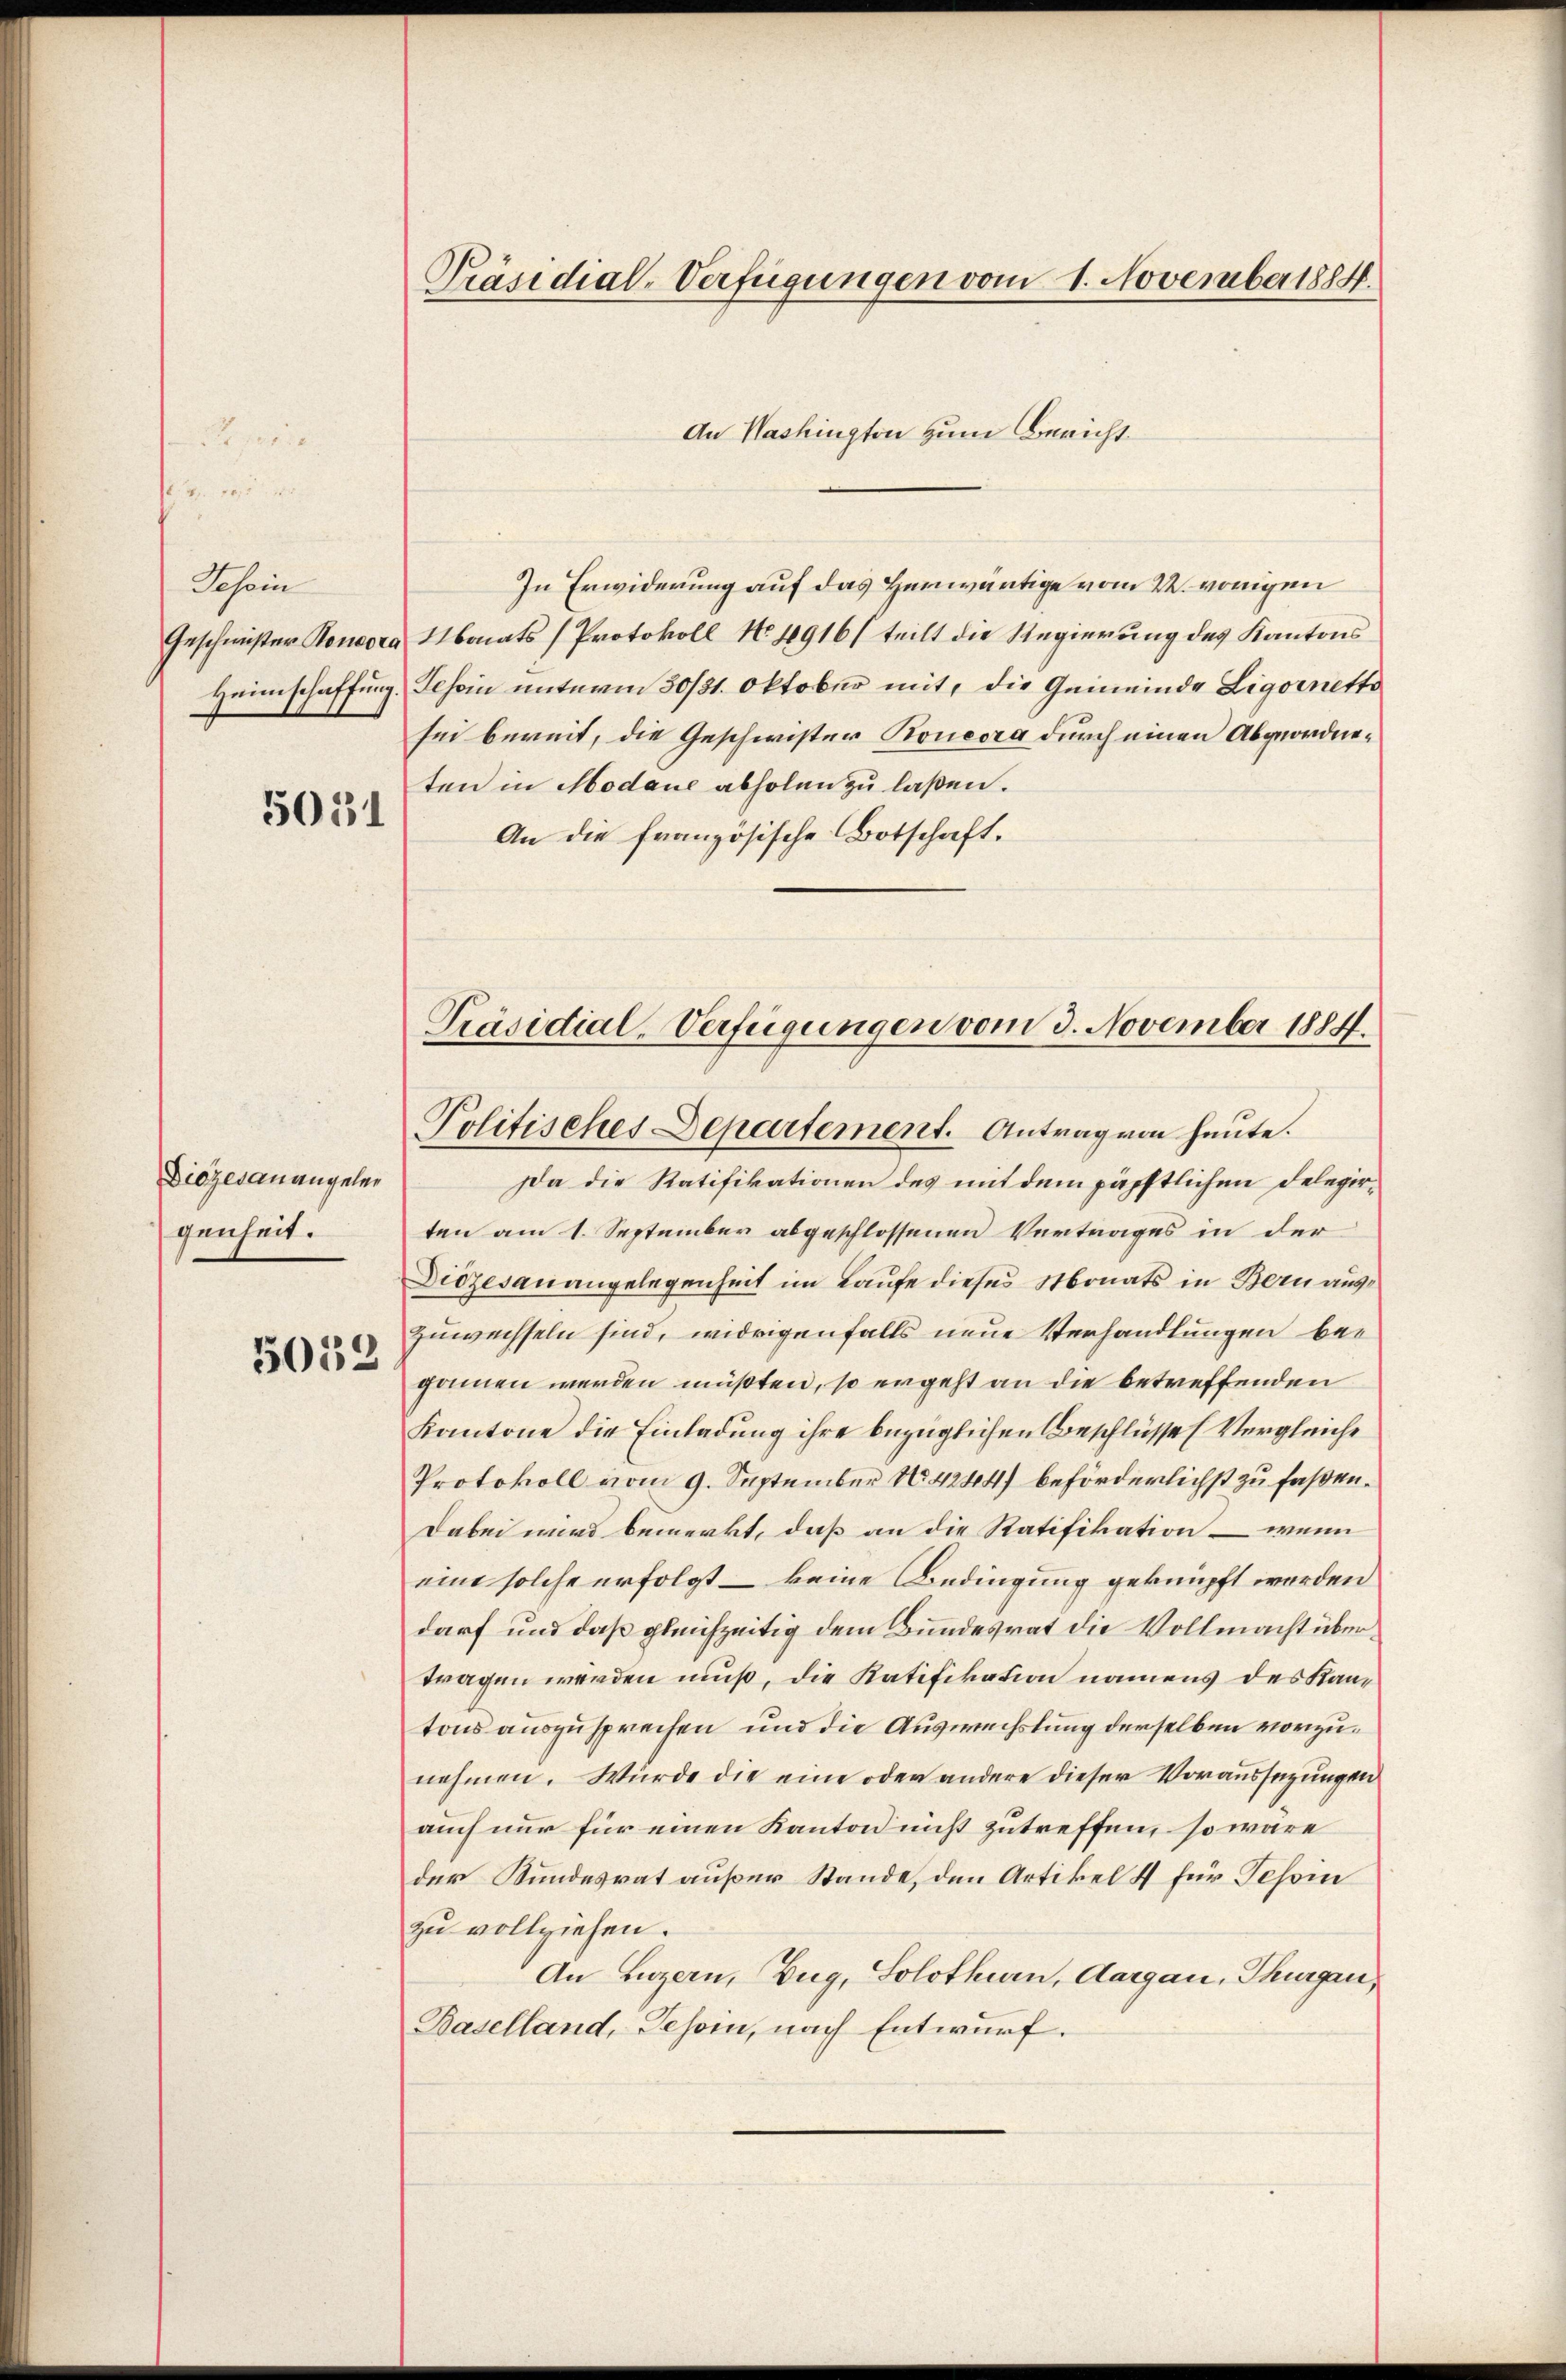
Schein

5031

Diözesanangeler
genheit.

5052

Präsidial-Verfügungen vom 1. November 1884.

An Washingten zum Bericht
In Erwiderung auf das Herwärtige vom 22. vorigen
Geschmeister Roncora Monats (Protokoll No. 1916 (teilt die Regierung des Kantons
Heimschaffung. Schin unterm 30/31. Oktober mit, die Gemeinde Ligoinetto
sei bereit, die Geschwister Koncera durch einen Abgeordneten in Modaue abholen zu laßen.
An die französische Botschaft.

Präsidial-Verfügungen vom 3. November 1884.
Politisches Departement. Antrag von heute.

Da die Ratifikationen des mit dem päpstlichen Delegirten am 1. September abgeschlossenen Vertrages in der
Diözesanangelegenheit im Laufe dieses Monats in Bern auszuwechseln sind, widrigenfalls neue Verhandlungen begonnen werden müßten, so ergeht an die betreffenden
Kantone die Einladung ihre bezüglichen Beschlüsse (Vergleiche
Protokoll vom 9. September 14244) beförderlichst zu faßen.
Dabei wird bemerkt, daß an die Ratifikation – wenn
eine solche erfolgt – keine Bedingung geknüpft werden
darf und daß gleichzeitig dem Bundesrat die Vollmacht übertragen werden muß, die Ratifikation namens des Stantons auszusprechen und die Auswechslung derselben vorzunehmen. Würde die eine oder andere dieser Voraussezungen
auch nur für einen Kanton nicht zutreffen, so wäre
der Kundesrat außer Stande, den Artikel 4 für Schin
zu vollziehen.
An Luzern, Zug, Solothurn, Aargau, Thurgau,
Baselland, Tessin, nach Entwurf.